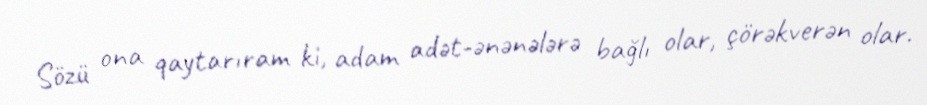
Sözü ona qaytarıram ki, adam adət-ənənələrə bağlı olar, çörəkverən olar.